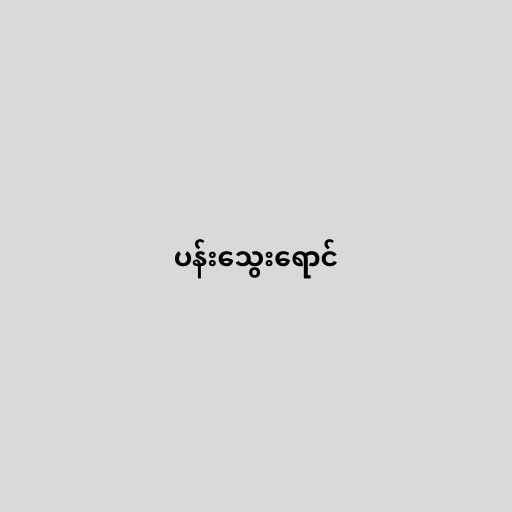
ပန်းသွေးရောင်